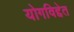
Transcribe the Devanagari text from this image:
योगविद्देत